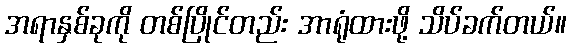
အရာနှစ်ခုကို တစ်ပြိုင်တည်း အာရုံထားဖို့ သိပ်ခက်တယ်။